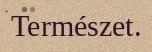
Természet.